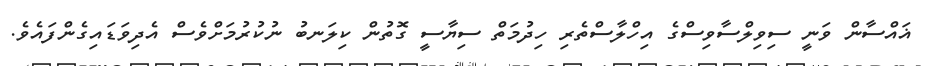
ޣައްސާން ވަނީ ސިވިލްސާވިސްގެ އިހްލާސްތެރި ހިދުމަތް ސިޔާސީ ގޮތުން ކިލަނބު ނުކުރުމަށްވެސް އެދިވަޑައިގެންފައެވެ.